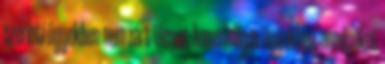
szerinti ügyekben nem zárt ülésen, hanem olyan ügyekben, amelyeket